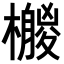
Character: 𣞛